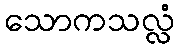
သောကသလ္လံ